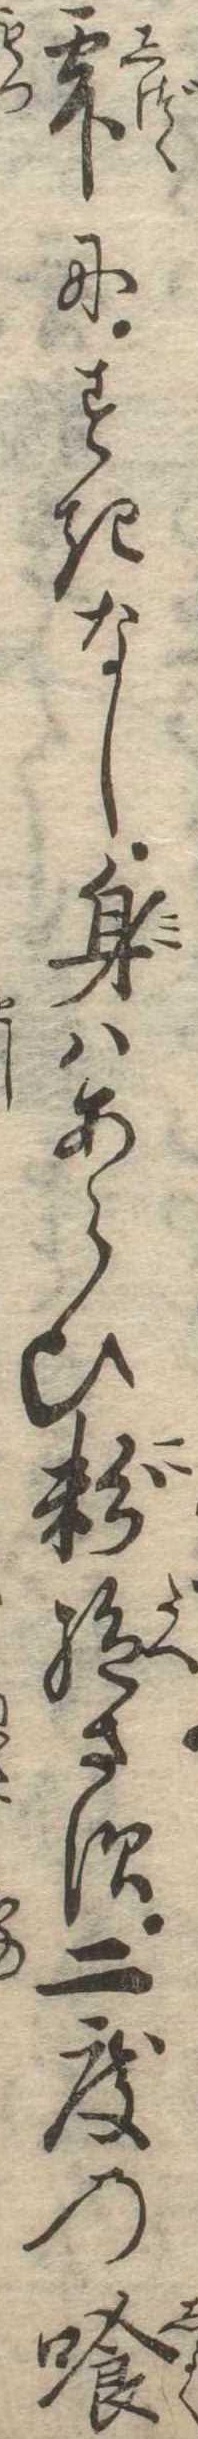
雫にすきなし身はあらひ粉絶さす二度の喰